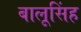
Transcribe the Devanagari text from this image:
बालूसिंह